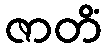
ဇာတိံ